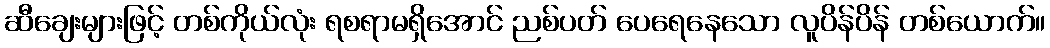
ဆီချေးများဖြင့် တစ်ကိုယ်လုံး ရစရာမရှိအောင် ညစ်ပတ် ပေရေနေသော လူပိန်ပိန် တစ်ယောက်။